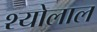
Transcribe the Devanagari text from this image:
श्योलाल